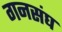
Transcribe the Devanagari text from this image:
गनसंघ